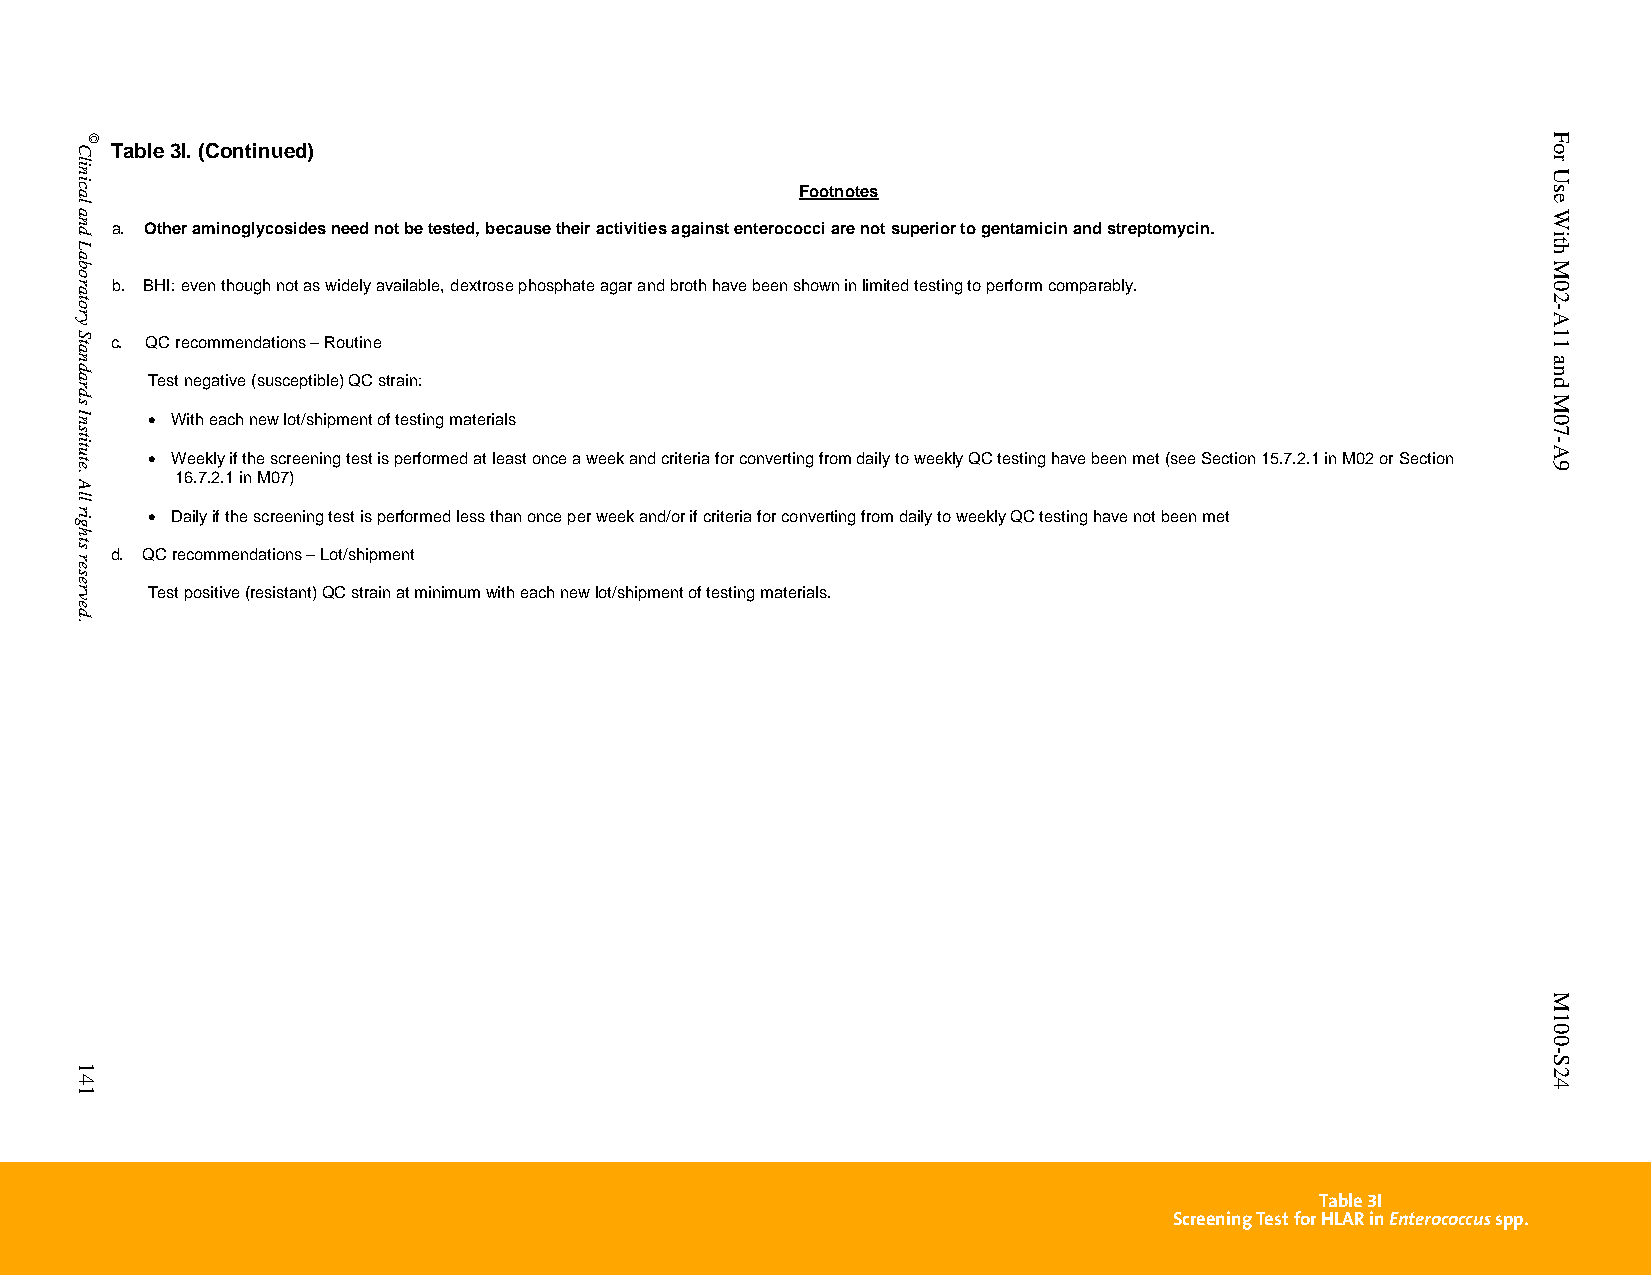
Table 3I. (Continued)
 Footnotes
 a. Other aminoglycosides need not be tested, because their activities against enterococci are not superior to gentamicin and streptomycin.
 b. BHI: even though not as widely available, dextrose phosphate agar and broth have been shown in limited testing to perform comparably.
 c. QC recommendations – Routine
 Test negative (susceptible) QC strain:
  With each new lot/shipment of testing materials
  Weekly if the screening test is performed at least once a week and criteria for converting from daily to weekly QC testing have been met (see Section 15.7.2.1 in M02 or Section
 16.7.2.1 in M07)
  Daily if the screening test is performed less than once per week and/or if criteria for converting from daily to weekly QC testing have not been met
 d. QC recommendations – Lot/shipment
 Test positive (resistant) QC strain at minimum with each new lot/shipment of testing materials.
 Table 3I
 Screening Test for HLAR in Enterococcus spp.
 PublishedOn1/1/2014. Thisdocumentisprotectedbycopyright.
 Clinical
 and
 Laboratory
 Standards
 Institute.
 All
 rights
 reserved.
 141
 ©                                                                                               For
 Use
 With
 M02-A11
 and
 M07-A9
 M100-S24